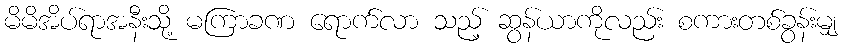
မိမိအိပ်ရာအနီးသို့ မကြာခဏ ရောက်လာ သည့် ဆွန်ယာကိုလည်း စကားတစ်ခွန်းမျှ